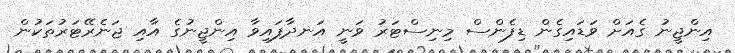
އިންޖީނު ގެއަށް ވަޑައިގެން ޑިފެންސް މިނިސްޓަރު ވަނީ އަނދާފައިވާ އިންޖީނުގެ އާއި ޖަނެރޭޓަރުތަކުން